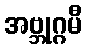
အဗ္ဘုဂ္ဂမီ